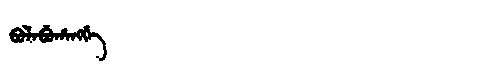
Manchu: ᠪᠣᠯᠠᠪᡠᡥᠠᠩᡤᡝ
Romanization: BOLABUHANGGE